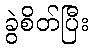
ခွဲစိတ်ပြီး